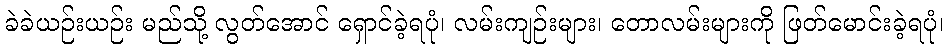
ခဲခဲယဉ်းယဉ်း မည်သို့ လွတ်အောင် ရှောင်ခဲ့ရပုံ၊ လမ်းကျဉ်းများ၊ တောလမ်းများကို ဖြတ်မောင်းခဲ့ရပုံ၊